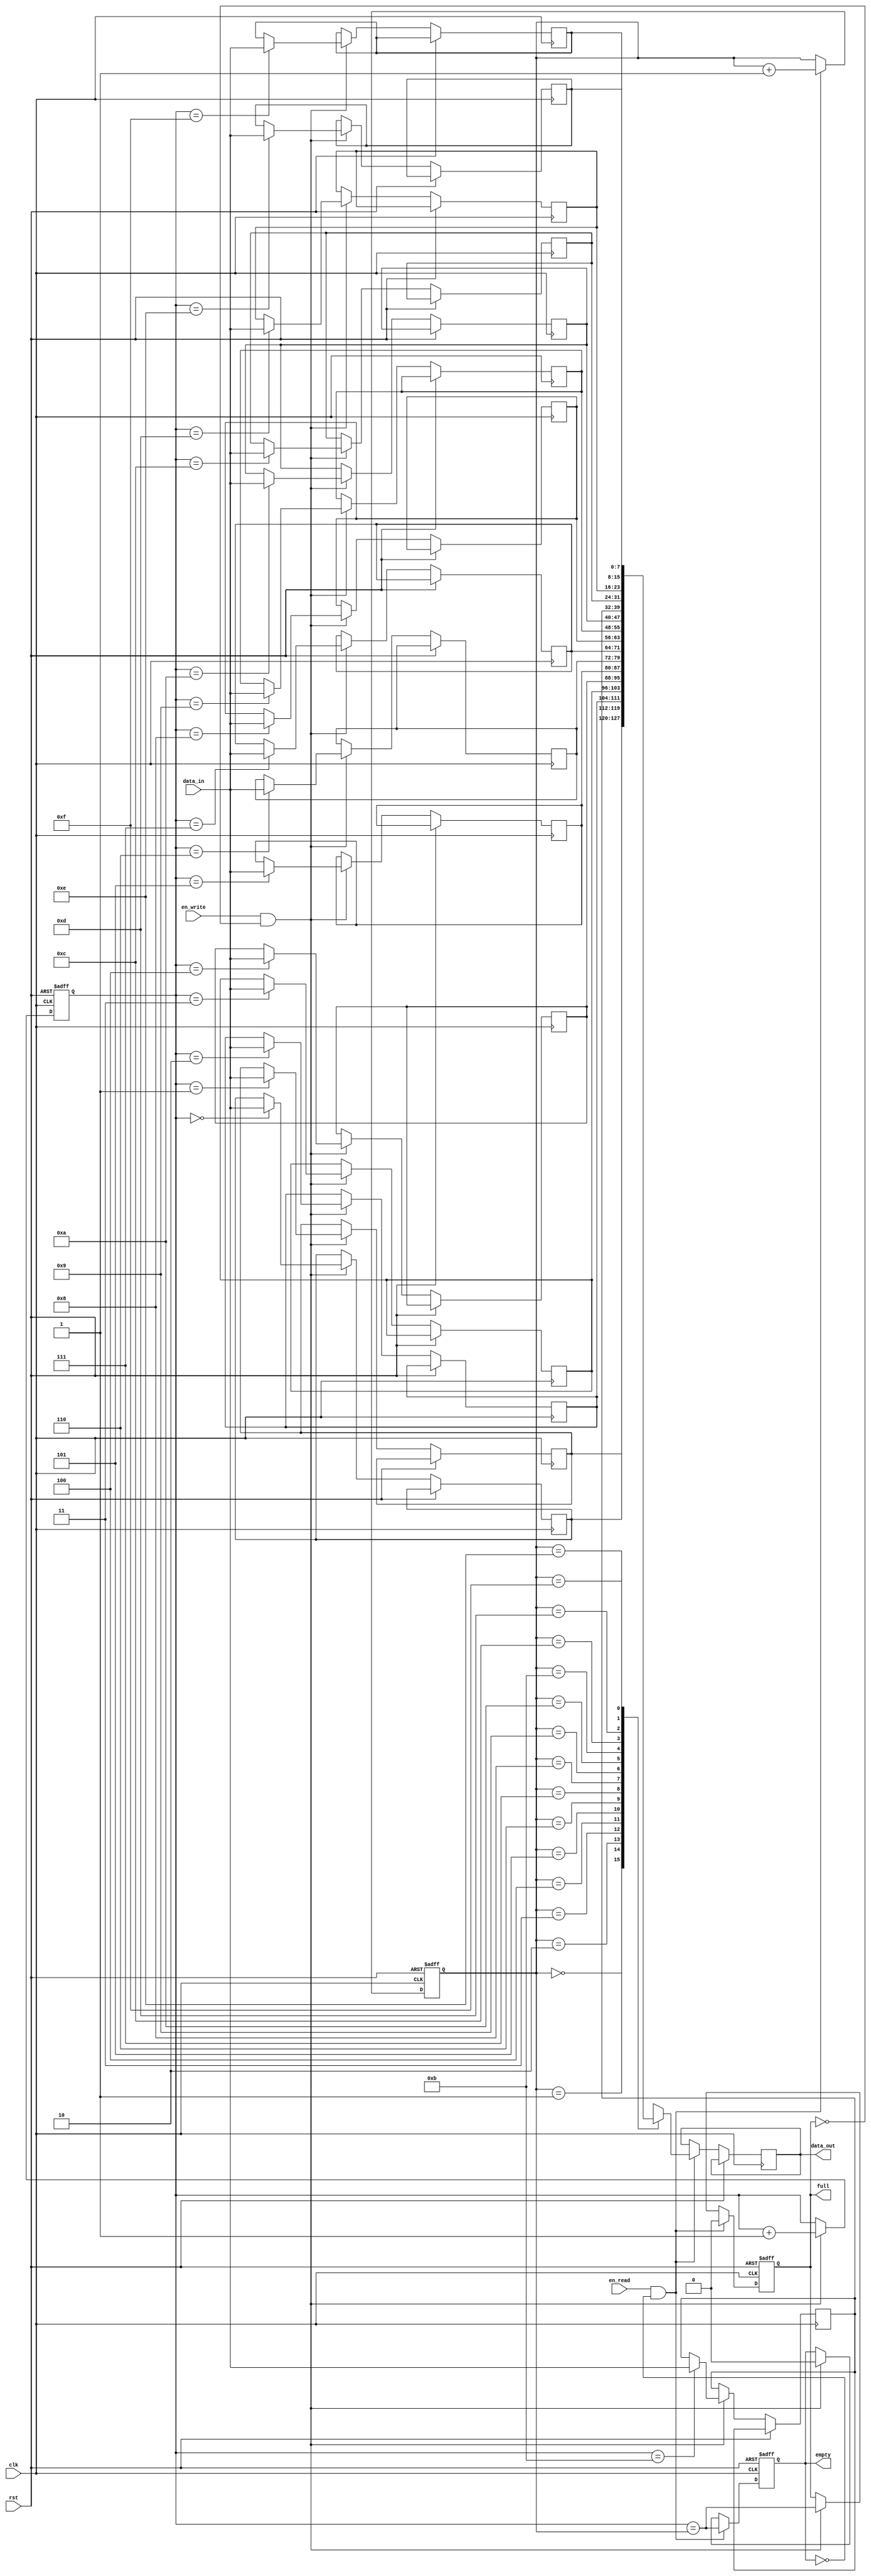
module fifo_buffer(
  input wire clk,
  input wire rst,
  input wire en_write,
  input wire en_read,
  input wire [7:0] data_in,
  output reg [7:0] data_out,
  output reg full,
  output reg empty
);

reg [7:0] memory [0:15]; // Assuming FIFO buffer size of 16 bytes
reg [3:0] write_pointer;
reg [3:0] read_pointer;

always @ (posedge clk or posedge rst) begin
  if (rst) begin
    write_pointer <= 4'b0000;
    read_pointer <= 4'b0000;
    full <= 1'b0;
    empty <= 1'b1;
  end else begin
    if (en_write && !full) begin
      memory[write_pointer] <= data_in;
      write_pointer <= write_pointer + 1;
      full <= (write_pointer == read_pointer);
      empty <= 1'b0;
    end
    
    if (en_read && !empty) begin
      data_out <= memory[read_pointer];
      read_pointer <= read_pointer + 1;
      full <= 1'b0;
      empty <= (write_pointer == read_pointer);
    end
  end
end

endmodule